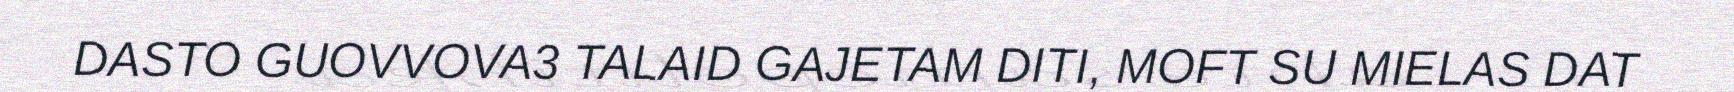
DASTO GUOVVOVA3 TALAID GAJETAM DITI, MOFT SU MIELAS DAT